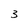
Character: 3